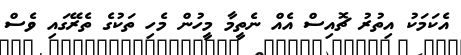
އެކަމަކު އިތުރު ޗޮއިސް އެއް ނެތީމާ މީހުން މެހި ތަކުގެ ތެރޭގައި ވެސް